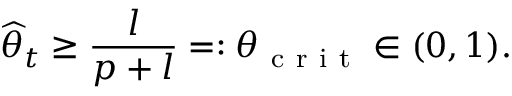
\widehat { \theta } _ { t } \geq \frac { l } { p + l } = : \theta _ { \mathrm { ~ c ~ r ~ i ~ t ~ } } \in ( 0 , 1 ) .